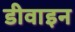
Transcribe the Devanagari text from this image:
डीवाइन